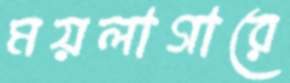
ময়লাগারে